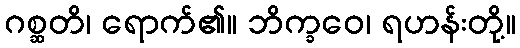
ဂစ္ဆတိ၊ ရောက်၏။ ဘိက္ခဝေ၊ ရဟန်းတို့။